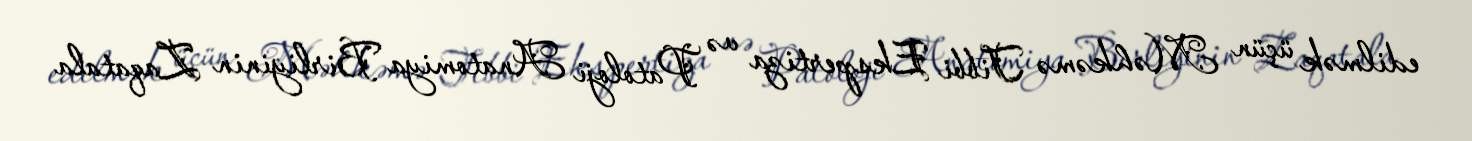
edilmək üçün Məhkəmə Tibbi Ekspertiza və Patoloji Anatomiya Birliyinin Zaqatala